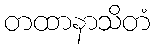
တထာနာသိတံ